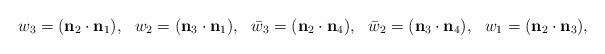
LaTeX: \begin{align*}w_3=({\bf n}_2 \cdot {\bf n}_1),~~w_2=({\bf n}_3 \cdot {\bf n}_1),~~\bar{w}_3=({\bf n}_2 \cdot {\bf n}_4),~~\bar{w}_2=({\bf n}_3 \cdot {\bf n}_4),~~w_1=({\bf n}_2 \cdot {\bf n}_3),\end{align*}